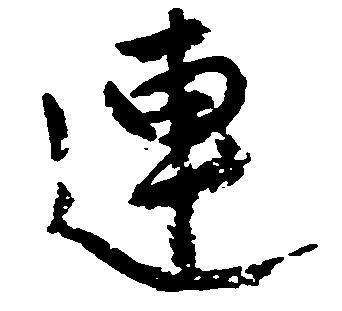
連